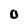
Character: O